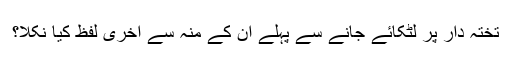
تختہ دار پر لٹکائے جانے سے پہلے ان کے منہ سے آخری لفظ کیا نکلا؟